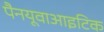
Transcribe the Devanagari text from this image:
पैनयूवाआइटिक